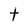
Character: t